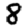
Digit: 8